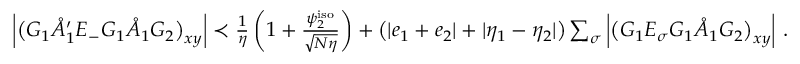
\begin{array} { r } { \left| \big ( G _ { 1 } \mathring { A } _ { 1 } ^ { \prime } E _ { - } G _ { 1 } \mathring { A } _ { 1 } G _ { 2 } \big ) _ { \boldsymbol { x } \boldsymbol { y } } \right| \prec \frac { 1 } { \eta } \left( 1 + \frac { \psi _ { 2 } ^ { \mathrm { i s o } } } { \sqrt { N \eta } } \right) + \big ( | e _ { 1 } + e _ { 2 } | + | \eta _ { 1 } - \eta _ { 2 } | \big ) \sum _ { \sigma } \left| \big ( G _ { 1 } E _ { \sigma } G _ { 1 } \mathring { A } _ { 1 } G _ { 2 } \big ) _ { \boldsymbol { x } \boldsymbol { y } } \right| \, . } \end{array}